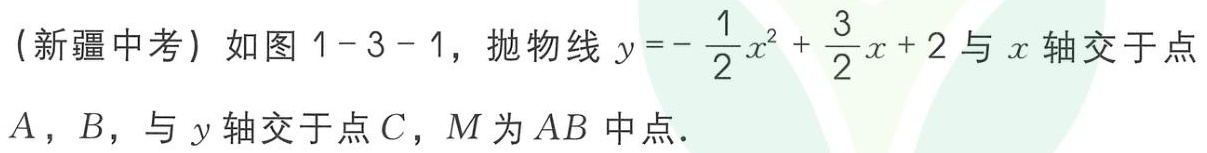
（新疆中考）如图1-3-1，抛物线\(y = - \frac{1}{2}x^{2} + \frac{3}{2}x + 2\)与\(x\)轴交于点\(A\)，\(B\)，与\(y\)轴交于点\(C\)，\(M\)为\(AB\)中点．